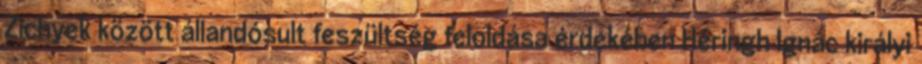
Zichyek között állandósult feszültség feloldása érdekében Héringh Ignác királyi